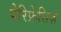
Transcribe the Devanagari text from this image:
पेरिफ्रेसिज़